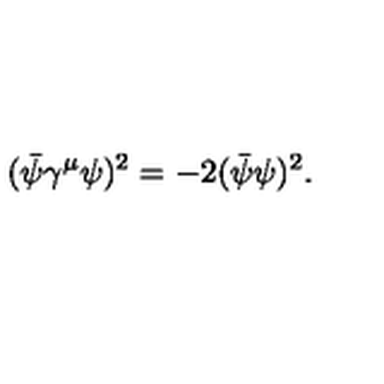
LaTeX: ( \bar { \psi } \gamma ^ { \mu } \psi ) ^ { 2 } = - 2 ( \bar { \psi } \psi ) ^ { 2 } .